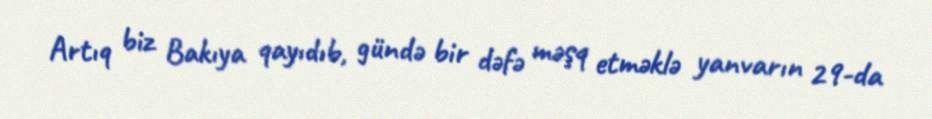
Artıq biz Bakıya qayıdıb, gündə bir dəfə məşq etməklə yanvarın 29-da